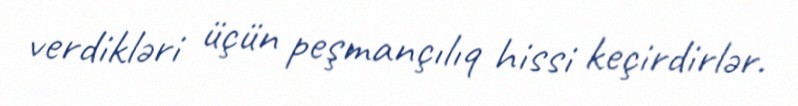
verdikləri üçün peşmançılıq hissi keçirdirlər.